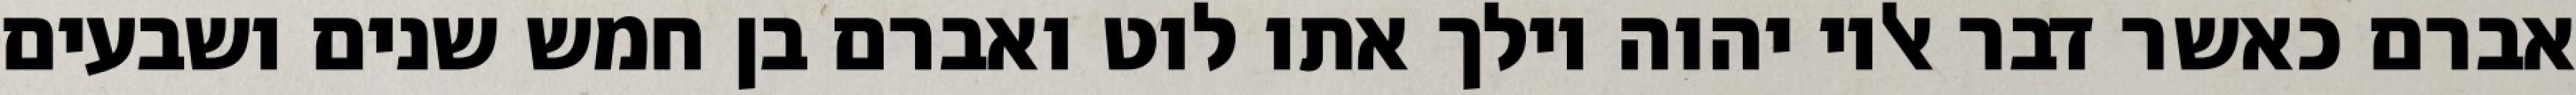
אברם כאשר דבר אליו יהוה וילך אתו לוט ואברם בן חמש שנים ושבעים